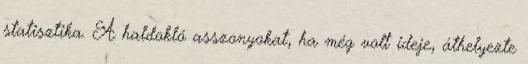
statisztika. A haldokló asszonyokat, ha még volt ideje, áthelyezte